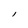
Character: I